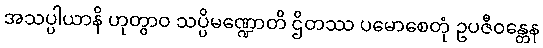
အသပ္ပါယာနိ ဟုတွာဝ သပ္ပိမဏ္ဍောတိ ဌိတဿ ပမောစေတုံ ဥပဇီဝန္တေန